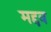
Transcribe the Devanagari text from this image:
मद्दव